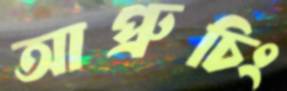
আপ্রুচিং